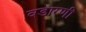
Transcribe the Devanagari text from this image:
वडारणी